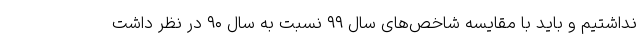
نداشتیم و باید با مقایسه شاخص‌های سال ۹۹ نسبت به سال ۹۰ در نظر داشت